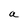
Character: a